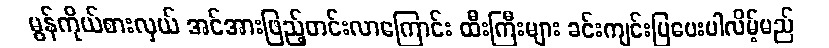
မွန်ကိုယ်စားလှယ် အင်အားဖြည့်တင်းလာကြောင်း ထီးကြီးများ ခင်းကျင်းပြပေးပါလိမ့်မည်